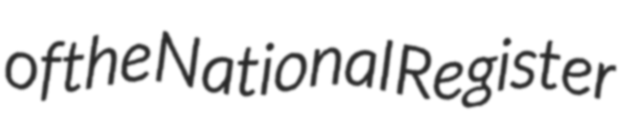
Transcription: of the National Register